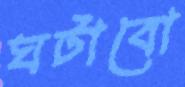
ঘটাবো